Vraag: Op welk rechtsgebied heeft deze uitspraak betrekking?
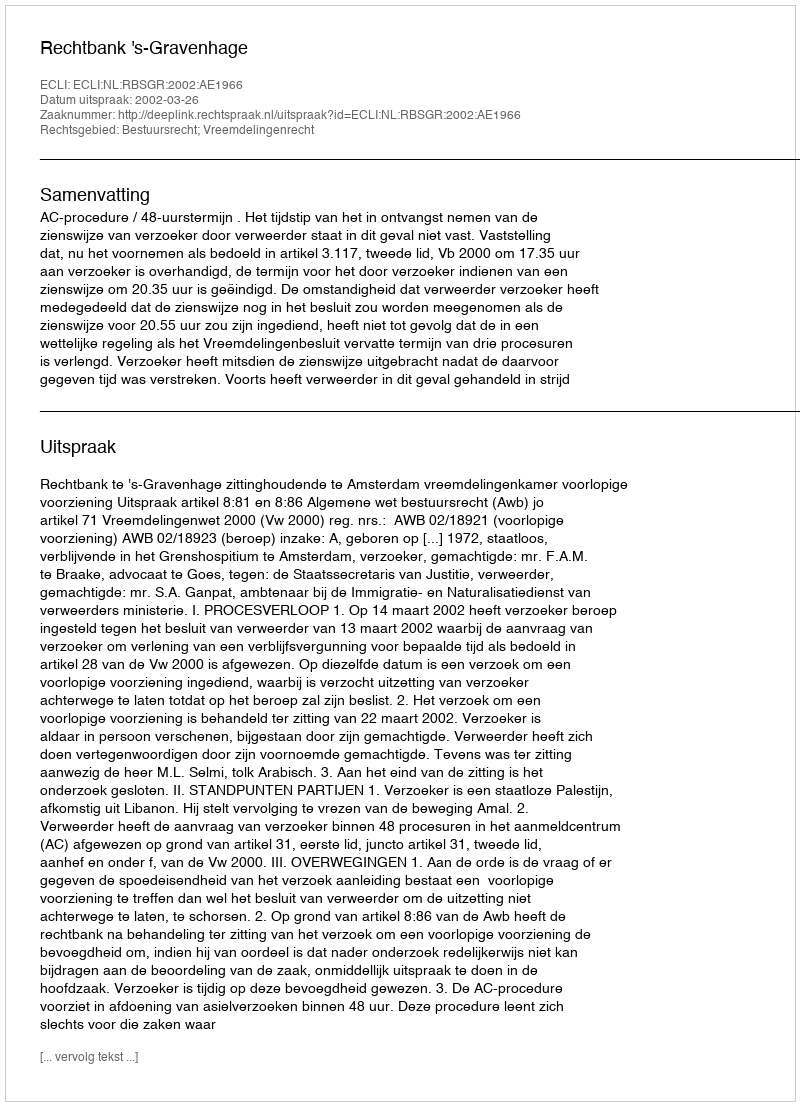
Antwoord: Bestuursrecht; Vreemdelingenrecht